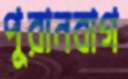
পুরানবাগ